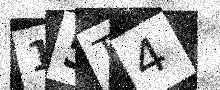
Text: 15T4